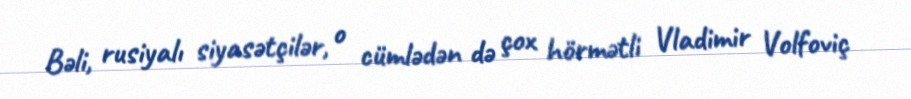
Bəli, rusiyalı siyasətçilər, o cümlədən də çox hörmətli Vladimir Volfoviç